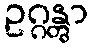
ဥဂ္ဂန္တွာ